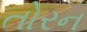
તોરન